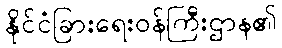
နိုင်ငံခြားရေးဝန်ကြီးဌာန၏